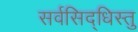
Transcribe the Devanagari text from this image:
सर्वसिद्धिस्तु